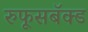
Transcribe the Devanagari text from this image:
रुफूसबॅक्ड